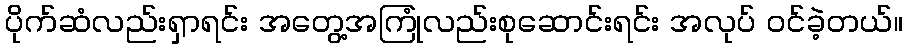
ပိုက်ဆံလည်းရှာရင်း အတွေ့အကြုံလည်းစုဆောင်းရင်း အလုပ် ဝင်ခဲ့တယ်။